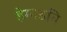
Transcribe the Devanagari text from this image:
हेग्गडति